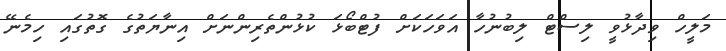
މަލީހް ވިދާޅުވީ ލިސްޓް ލިބުނުހާ އަވަހަކަށް ފުޓްބޯޅަ ކުޅުންތެރިންނަށް އިނާޔަތުގެ ގޮތުގައި ހިމެނޭ